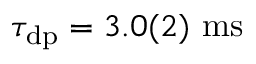
\tau _ { \mathrm { d p } } = 3 . 0 ( 2 ) ~ \mathrm { m s }